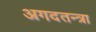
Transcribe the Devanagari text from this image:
अगदतन्त्रा